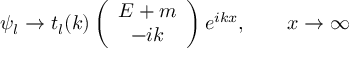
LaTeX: \psi _ { l } \to t _ { l } ( k ) \left( \begin{array} { c } { { E + m } } \\ { { - i k } } \end{array} \right) e ^ { i k x } , \qquad x \to \infty